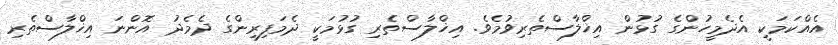
އެއްކަމަކީ އެދެމީހުންގެ ގުޅުން އިޚްލާސްތެރިވުމެވެ. އިޚްލާސްތެރި ގުޅުމަކީ ދެމަފިރިންގެ ދެމެދު އޮންނަ އިޚްލާސްތެރި